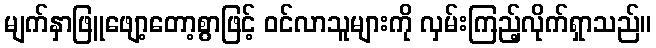
မျက်နှာဖြူဖျော့တော့စွာဖြင့် ဝင်လာသူများကို လှမ်းကြည့်လိုက်ရှာသည်။